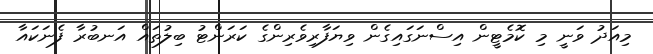
މިއަދު ވަނީ މި ކޮމެޓީން އިސްނަގައިގެން ވިޔަފާރިވެރިންގެ ކަރަންޓު ބިލުތައް އަނބުރާ ފެނަކައާ